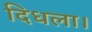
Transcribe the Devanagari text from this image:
दिधला।